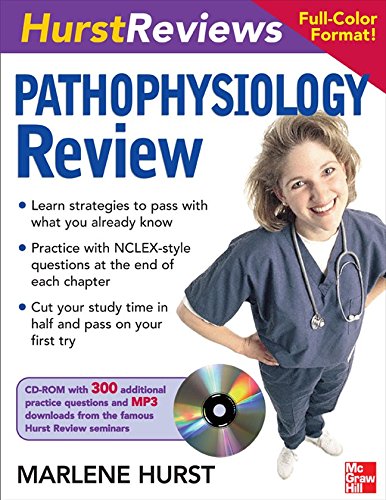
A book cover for Hurst Reviews Pathophysiology Review; Marlene Hurst; Medical Books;